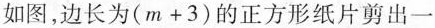
如图，边长为$$( m + 3 )$$的正方形纸片剪出一